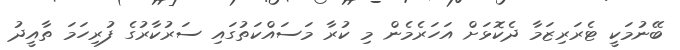
ބޭނުމަކީ ޓެރަރިޒަމާ ދެކޮޅަށް އަހަރެމެން މި ކުރާ މަސައްކަތުގައި ސަރުކާރުގެ ފުރިހަމަ ތާއީދު